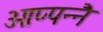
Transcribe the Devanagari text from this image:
ओप्पन्नै